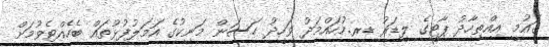
ގައުމީ އިއްތިހާދު ޕާޓީގެ ލީޑަރު ޑރ.މުހައްމަދު ވަހީދު ހަސަން މަނިކުގެ އަމަލުފުޅުތައް ބެހެއްޓެވުމަށް